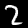
Digit: 2